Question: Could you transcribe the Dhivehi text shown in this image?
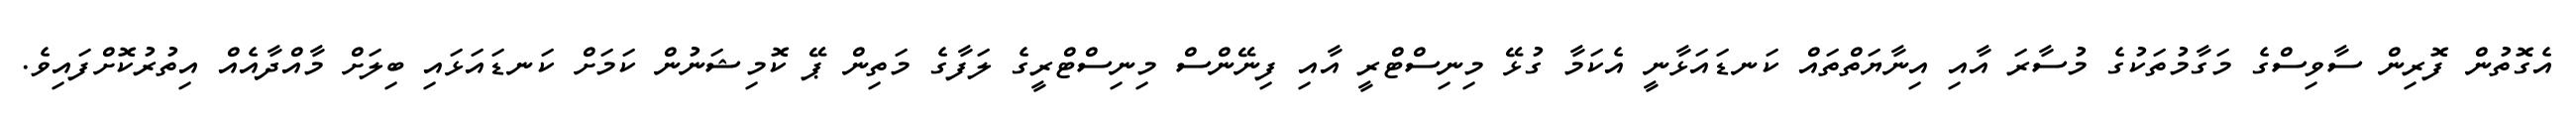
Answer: އެގޮތުން ފޮރިން ސާވިސްގެ މަގާމުތަކުގެ މުސާރަ އާއި އިނާޔަތްތައް ކަނޑައަޅާނީ އެކަމާ ގުޅޭ މިނިސްޓްރީ އާއި ފިނޭންސް މިނިސްޓްރީގެ ލަފާގެ މަތިން ޕޭ ކޮމިޝަނުން ކަމަށް ކަނޑައަޅައި ބިލަށް މާއްދާއެއް އިތުރުކޮށްފައިވެ.